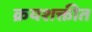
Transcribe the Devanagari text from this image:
क्रयशक्तीत